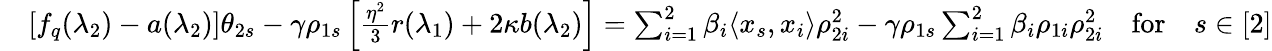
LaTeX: \begin{array}{rl}&{[f_{q}(\lambda_{2})-a(\lambda_{2})]\theta_{2s}-\gamma\rho_{1s}\left[\frac{\eta^{2}}{3}r(\lambda_{1})+2\kappa b(\lambda_{2})\right]=\sum_{i=1}^{2}\beta_{i}\langle x_{s},x_{i}\rangle\rho_{2i}^{2}-\gamma\rho_{1s}\sum_{i=1}^{2}\beta_{i}\rho_{1i}\rho_{2i}^{2}\quad\mathrm{for}\quad s\in[2]}\end{array}